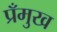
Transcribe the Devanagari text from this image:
प्रँमुख